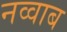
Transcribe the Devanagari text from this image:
नव्वाब